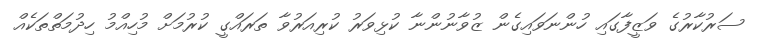
ސަރުކާރުގެ ވަޒީފާގައި ހުންނަވައިގެން ޒުވާނުންނާ ކުޅިވަރު ކުރިއަރުވާ ތަރައްގީ ކުރުމަށް މުހިއްމު ހިދުމަތްތަކެއް